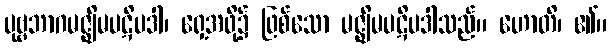
ပုဗ္ဗဘာဂမဇ္ဈိမပဋိပဒါ၊ ရှေ့အဖို့၌ ဖြစ်သော မဇ္ဈိမပဋိပဒါသည်။ ဟောတိ၊ ၏။